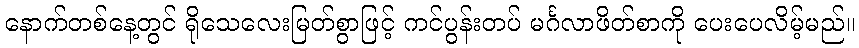
နောက်တစ်နေ့တွင် ရိုသေလေးမြတ်စွာဖြင့် ကင်ပွန်းတပ် မင်္ဂလာဖိတ်စာကို ပေးပေလိမ့်မည်။